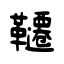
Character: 韆